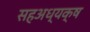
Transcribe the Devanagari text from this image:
सहअध्यक्ष